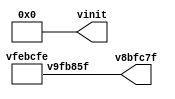
// This program was cloned from: https://github.com/FPGAwars/apio
// License: GNU General Public License v2.0

// Code generated by Icestudio 0.9.2w202204260904

`default_nettype none

//---- Top entity
module main (
 output v8bfc7f,
 output [0:6] vinit
);
 wire w0;
 assign v8bfc7f = w0;
 vfebcfe vb9eb2f (
  .v9fb85f(w0)
 );
 assign vinit = 7'b0000000;
endmodule

//---- Top entity
module vfebcfe (
 output v9fb85f
);
 wire w0;
 assign v9fb85f = w0;
 vfebcfe_vb2eccd vb2eccd (
  .q(w0)
 );
endmodule

//---------------------------------------------------
//-- bit-1
//-- - - - - - - - - - - - - - - - - - - - - - - - --
//-- Constant bit 1
//---------------------------------------------------

module vfebcfe_vb2eccd (
 output q
);
 //-- Constant bit-1
 assign q = 1'b1;
 
 
endmodule